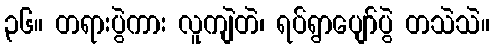
၃၆။ တရားပွဲကား လူကျဲတဲ၊ ရပ်ရွာပျော်ပွဲ တသဲသဲ။